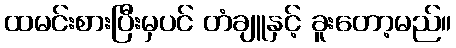
ထမင်းစားပြီးမှပင် တံချူနှင့် ခူးတော့မည်။